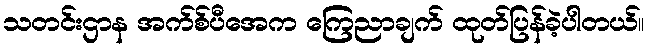
သတင်းဌာန အက်စ်ပီအေက ကြေညာချက် ထုတ်ပြန်ခဲ့ပါတယ်။